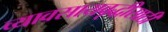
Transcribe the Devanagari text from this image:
व्यावसायवृद्धीसाठी